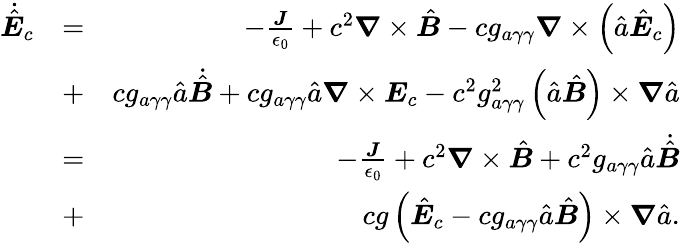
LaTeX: \begin{array}{rlr}{\dot{\hat{\boldsymbol E}}_{c}}&{=}&{-\frac{\boldsymbol J}{\epsilon_{0}}+c^{2}\boldsymbol\nabla\times\hat{\boldsymbol B}-cg_{a\gamma\gamma}\boldsymbol\nabla\times\left(\hat{a}\hat{\boldsymbol E}_{c}\right)}\\ &{+}&{cg_{a\gamma\gamma}\hat{a}\dot{\hat{\boldsymbol B}}+cg_{a\gamma\gamma}\hat{a}\boldsymbol\nabla\times{\boldsymbol E}_{c}-c^{2}g_{a\gamma\gamma}^{2}\left(\hat{a}\hat{\boldsymbol B}\right)\times\boldsymbol\nabla\hat{a}}\\ &{=}&{-\frac{\boldsymbol J}{\epsilon_{0}}+c^{2}\boldsymbol\nabla\times\hat{\boldsymbol B}+c^{2}g_{a\gamma\gamma}\hat{a}\dot{\hat{\boldsymbol B}}}\\ &{+}&{cg\left(\hat{\boldsymbol E}_{c}-cg_{a\gamma\gamma}\hat{a}\hat{\boldsymbol B}\right)\times\boldsymbol\nabla\hat{a}.}\end{array}